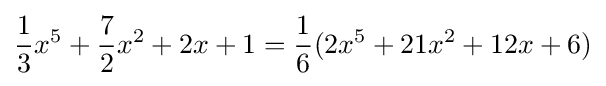
{\frac {1}{3}}x^{5}+{\frac {7}{2}}x^{2}+2x+1={\frac {1}{6}}(2x^{5}+21x^{2}+12x+6)